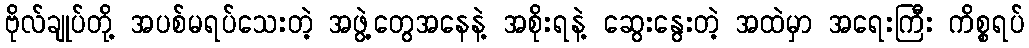
ဗိုလ်ချုပ်တို့ အပစ်မရပ်သေးတဲ့ အဖွဲ့တွေအနေနဲ့ အစိုးရနဲ့ ဆွေးနွေးတဲ့ အထဲမှာ အရေးကြီး ကိစ္စရပ်